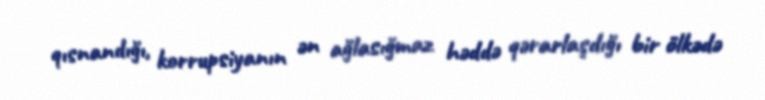
qısnandığı, korrupsiyanın ən ağlasığmaz həddə qərarlaşdığı bir ölkədə